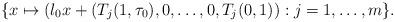
LaTeX: \begin{align*}\{x\mapsto(\l_0 x+(T_j(1,\tau_0),0,\ldots,0,T_j(0,1)):j=1,\ldots,m\}.\end{align*}